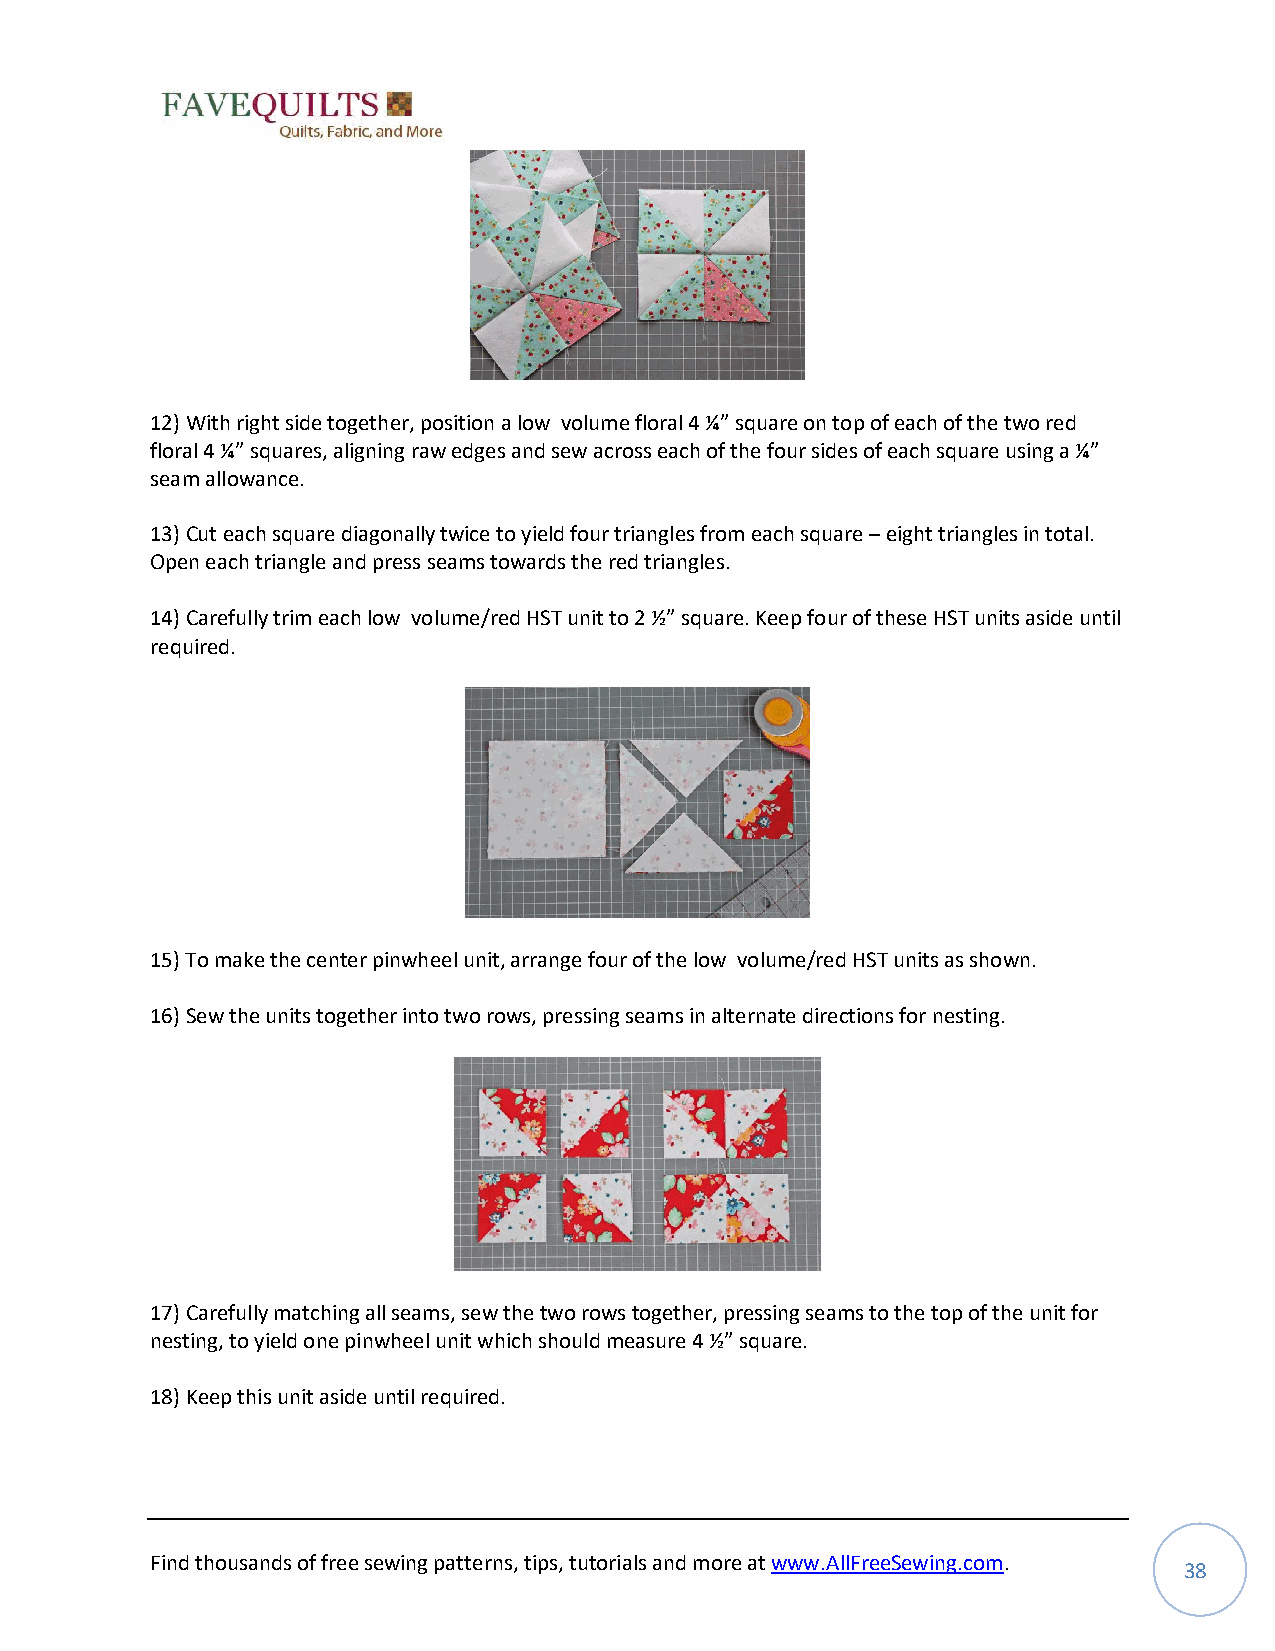
12) With right side together, position a low volume floral 4 ¼” square on top of each of the two red
 floral 4 ¼” squares, aligning raw edges and sew across each of the four sides of each square using a ¼”
 seam allowance.
 13) Cut each square diagonally twice to yield four triangles from each square – eight triangles in total.
 Open each triangle and press seams towards the red triangles.
 14) Carefully trim each low volume/red HST unit to 2 ½” square. Keep four of these HST units aside until
 required.
 15) To make the center pinwheel unit, arrange four of the low volume/red HST units as shown.
 16) Sew the units together into two rows, pressing seams in alternate directions for nesting.
 17) Carefully matching all seams, sew the two rows together, pressing seams to the top of the unit for
 nesting, to yield one pinwheel unit which should measure 4 ½” square.
 18) Keep this unit aside until required.
 Find thousands of free sewing patterns, tips, tutorials and more at www.AllFreeSewing.com.
 38